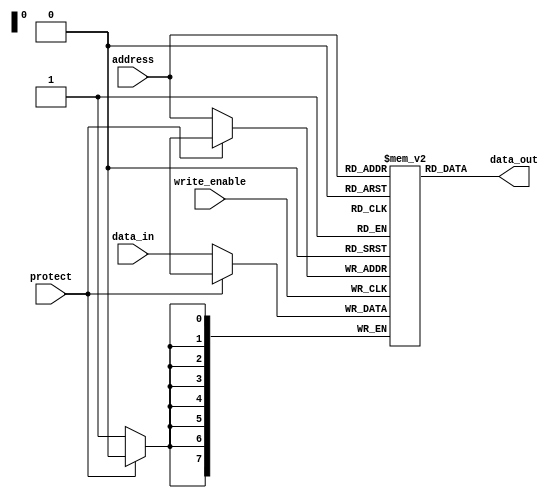
module eprom(
    input wire [7:0] address,
    input wire [7:0] data_in,
    input wire write_enable,
    input wire protect,
    output reg [7:0] data_out
);

reg [7:0] memory [0:255];

always @(posedge write_enable) begin
    if (!protect)
        memory[address] <= data_in;
end

assign data_out = memory[address];

endmodule